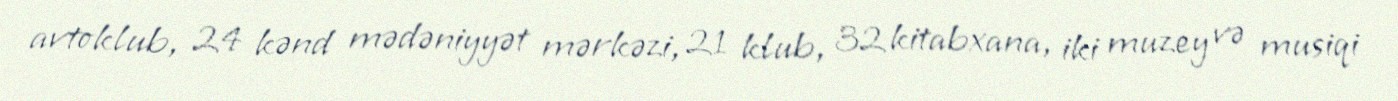
avtoklub, 24 kənd mədəniyyət mərkəzi, 21 klub, 32 kitabxana, iki muzey və musiqi